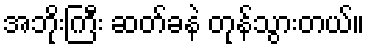
အဘိုးကြီး ဆတ်ခနဲ တုန်သွားတယ်။